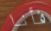
فأنا